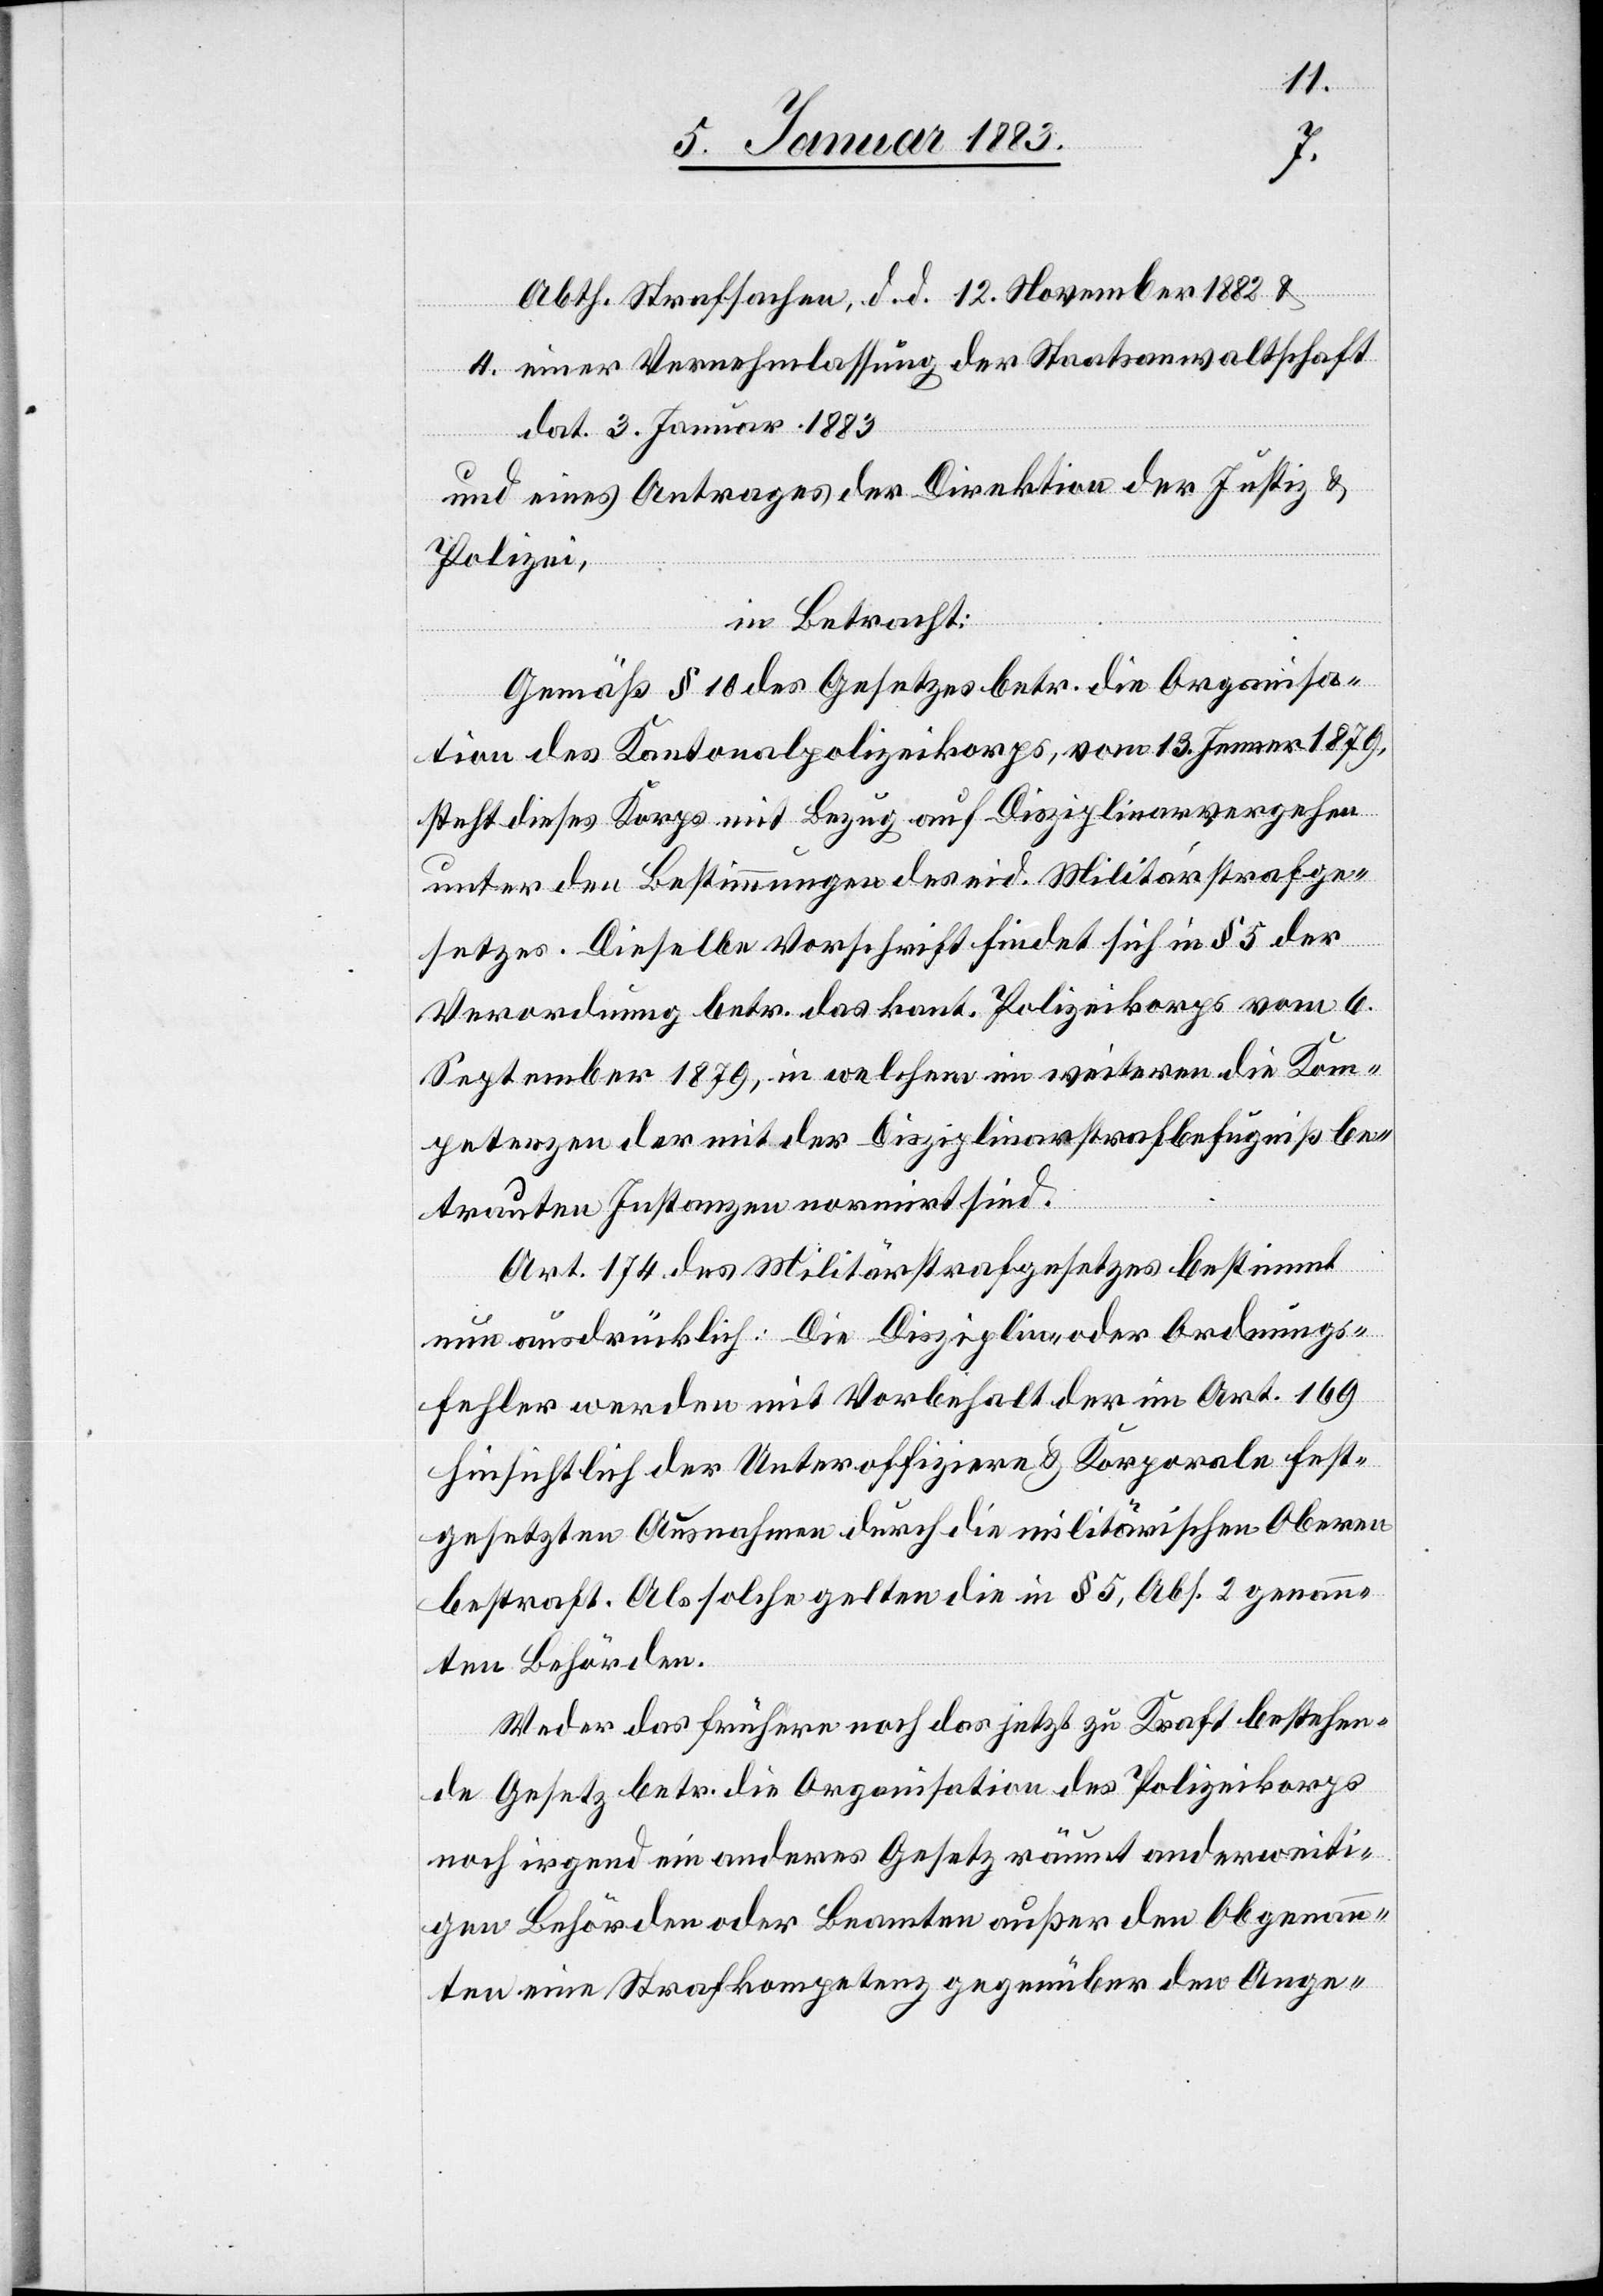
Abth. Strafsachen, d. d. 12. November 1882 &
4. einer Vernehmlassung der Staatsanwaltschaft
dat. 3. Januar 1883
und eines Antrages der Direktion der Justiz &
Polizei,
in Betracht:
Gemäß § 10 des Gesetzes betr. die Organisa¬
tion des Kantonalpolizeikorps, vom 13. Jenner 1879,
steht dieses Korps mit Bezug auf Disziplinarvergehen
unter den Bestimmungen des eid. Militärstrafge¬
setzes. Dieselbe Vorschrift findet sich in § 5 der
Verordnung betr. das kant. Polizeikorps vom 6.
September 1879, in welchem im weitern die Kom¬
petenzen der mit der Disziplinarstrafbefugniß be¬
trauten Instanzen normirt sind.
Art. 174 des Militärstrafgesetzes bestimmt
nun ausdrücklich: Die Disziplin- oder Ordnungs¬
fehler werden mit Vorbehalt der im Art. 169
hinsichtlich der Unteroffiziere & Korporale fest¬
gesetzten Ausnahmen durch die militärischen Oberen
bestraft. Als solche gelten die in § 5, Abs. 2 genann¬
ten Behörden.
Weder das frühere noch das jetzt zu Kraft bestehen¬
de Gesetz betr. die Organisation des Polizeikorps
noch irgend ein anderes Gesetz räumt anderweiti¬
gen Behörden oder Beamten außer den Obgenann¬
ten eine Strafkompetenz gegenüber den Ange-